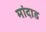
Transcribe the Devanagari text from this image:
मांदाड